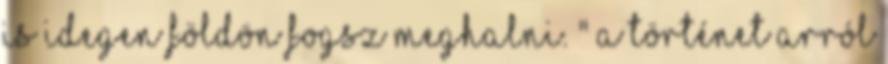
is idegen földön fogsz meghalni. " A történet arról